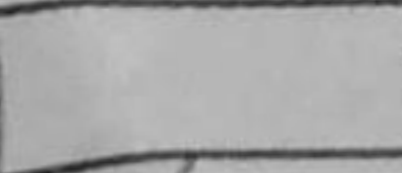
Transcription: Rxf8+